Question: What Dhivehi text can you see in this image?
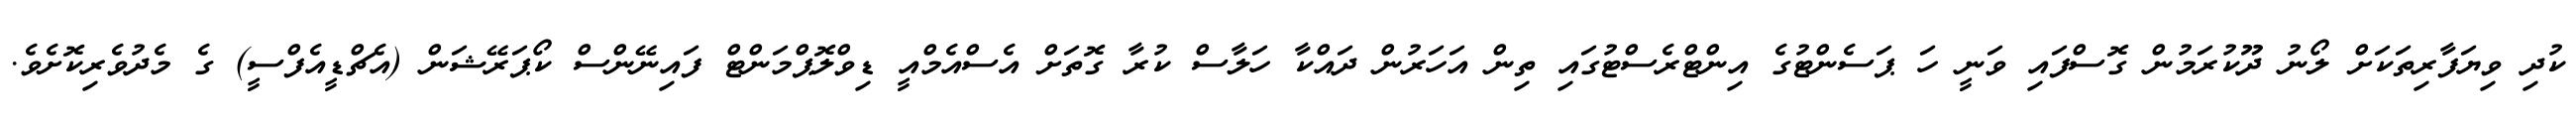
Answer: ކުދި ވިޔަފާރިތަކަށް ލޯނު ދޫކުރަމުން ގޮސްފައި ވަނީ ހަ ޕަސެންޓުގެ އިންޓްރެސްޓުގައި ތިން އަހަރުން ދައްކާ ހަލާސް ކުރާ ގޮތަށް އެސްއެމްއީ ޑިވްލޮޕްމަންޓް ފައިނޭންސް ކޯޕަރޭޝަން (އެޗްޑީއެފްސީ) ގެ މެދުވެރިކޮށެވެ.